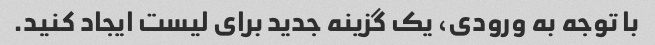
با توجه به ورودی، یک گزینه جدید برای لیست ایجاد کنید.